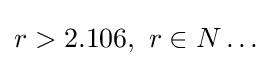
r>2.106,\ r\in N\ldots